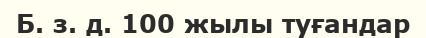
Б. з. д. 100 жылы туғандар